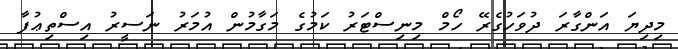
މިދިޔަ އަންގާރަ ދުވަހުގެރޭ ހޯމް މިނިސްޓަރު ކަމުގެ މަގާމުން އުމަރު ނަސީރު އިސްތިޢުފާ